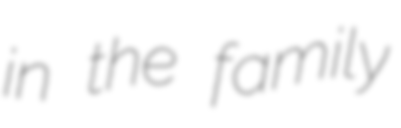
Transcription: in the family